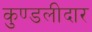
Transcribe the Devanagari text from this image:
कुण्डलीदार